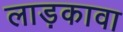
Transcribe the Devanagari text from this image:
लाड़कावा